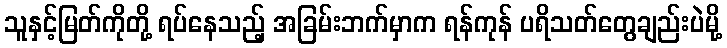
သူနှင့်မြတ်ကိုတို့ ရပ်နေသည့် အခြမ်းဘက်မှာက ရန်ကုန် ပရိသတ်တွေချည်းပဲမို့